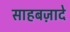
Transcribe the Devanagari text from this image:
साहबज़ादे